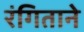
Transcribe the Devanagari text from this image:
रंगिताने